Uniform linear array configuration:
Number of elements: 4
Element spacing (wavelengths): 0.5
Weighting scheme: binomial
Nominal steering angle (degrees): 30
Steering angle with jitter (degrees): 30.424
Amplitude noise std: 0.05
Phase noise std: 0.05

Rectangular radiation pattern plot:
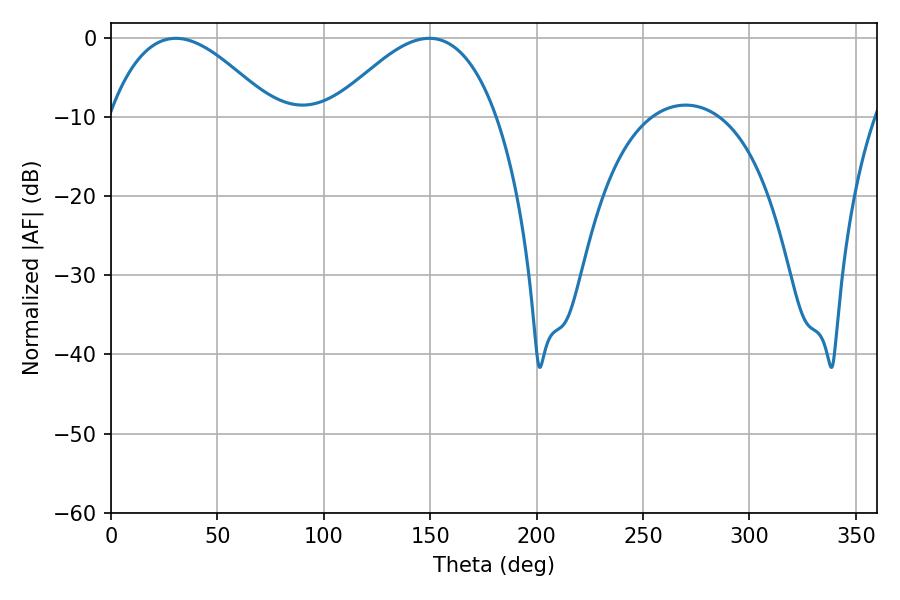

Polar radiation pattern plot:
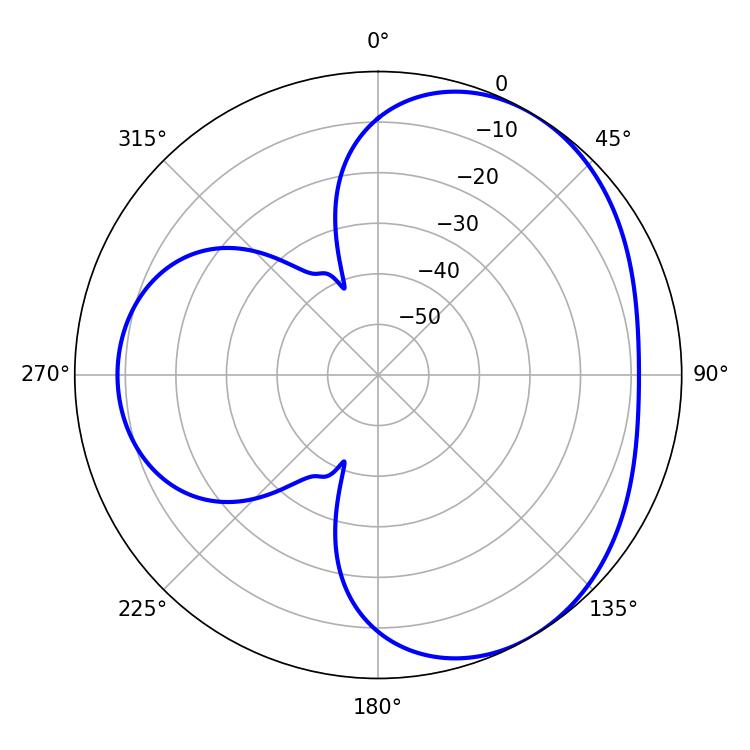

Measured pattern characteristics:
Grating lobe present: FALSE
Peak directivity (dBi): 3.883
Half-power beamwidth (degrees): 42.12
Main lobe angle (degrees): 30.42